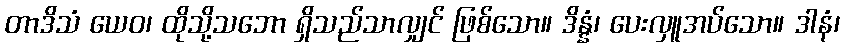
တာဒိသံ ယေဝ၊ ထိုသို့သဘော ရှိသည်သာလျှင် ဖြစ်သော။ ဒိန္နံ၊ ပေးလှူအပ်သော။ ဒါနံ၊